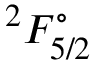
^ 2 F _ { 5 / 2 } ^ { \circ }